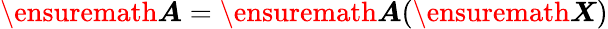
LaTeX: \ensuremath{\boldsymbol{A}}=\ensuremath{\boldsymbol{A}}(\ensuremath{\boldsymbol{X}})